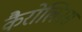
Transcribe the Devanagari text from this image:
कैरोलिनस